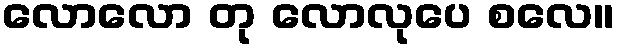
လောလော တု လောလုပေ စလေ။